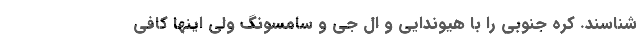
شناسند. کره جنوبی را با هیوندایی و ال جی و سامسونگ ولی اینها کافی